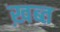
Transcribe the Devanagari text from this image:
ख़ब्त